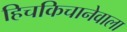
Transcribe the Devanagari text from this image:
हिचकिचानेवाला